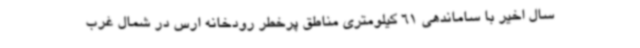
سال اخیر با ساماندهی 61 کیلومتری مناطق پرخطر رودخانه ارس در شمال غرب